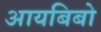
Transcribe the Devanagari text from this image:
आयबिबो